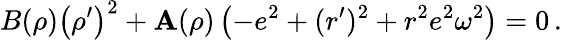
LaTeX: B(\rho)\left(\rho^{\prime}\right)^{2}+\mathbf{A}(\rho)\left(-e^{2}+(r^{\prime})^{2}+r^{2}e^{2}\omega^{2}\right)=0\, .